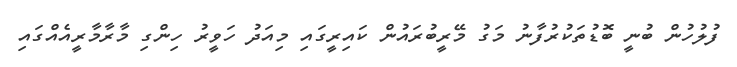
ފުލުހުން ބުނީ ބޮޑުތަކުރުފާނު މަގު މޭރީބުރައުން ކައިރީގައި މިއަދު ހަވީރު ހިންގި މާރާމާރީއެއްގައި